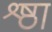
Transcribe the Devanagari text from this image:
श्र्ष्ठा